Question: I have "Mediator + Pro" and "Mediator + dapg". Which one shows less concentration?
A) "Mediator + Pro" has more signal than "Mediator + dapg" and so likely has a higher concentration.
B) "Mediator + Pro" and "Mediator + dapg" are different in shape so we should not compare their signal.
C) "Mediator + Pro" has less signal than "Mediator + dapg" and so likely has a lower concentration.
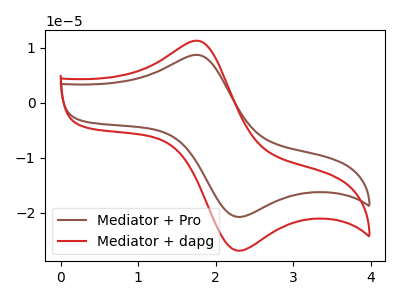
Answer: <think>The brown curve "Mediator + Pro" has an anodic peak at (1.80V, 8.70uA) and a cathodic peak at (2.30V, -20.75uA). The red curve "Mediator + dapg" has an anodic peak at (1.80V, 11.25uA) and a cathodic peak at (2.30V, -26.90uA).
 All the peaks in "Mediator + Pro" have a peak in "Mediator + dapg" at the same potential. Every peak in "Mediator + Pro" is lower than every peak in "Mediator + dapg".</think>
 <answer>C) "Mediator + Pro" has less signal than "Mediator + dapg" and so likely has a lower concentration.</answer>
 <eval>C</eval>